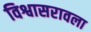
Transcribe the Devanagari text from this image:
विश्वासरावला